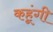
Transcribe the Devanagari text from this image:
कहूंगी